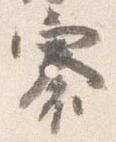
褰